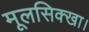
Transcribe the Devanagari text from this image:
मूलसिक्खा।